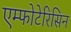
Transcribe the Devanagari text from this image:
एम्फोटेरिसिन